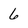
Character: 6